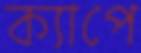
ক্যাপে